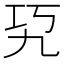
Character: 𰏉